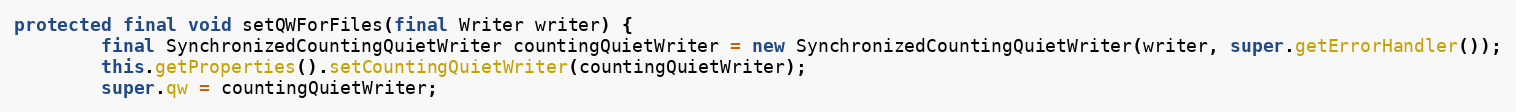
Language: Java
protected final void setQWForFiles(final Writer writer) {
		final SynchronizedCountingQuietWriter countingQuietWriter = new SynchronizedCountingQuietWriter(writer, super.getErrorHandler());
		this.getProperties().setCountingQuietWriter(countingQuietWriter);
		super.qw = countingQuietWriter;